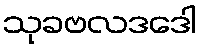
သုခဗလဒဒေါ